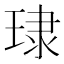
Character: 㻖